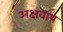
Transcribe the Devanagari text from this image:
अक्षवाप